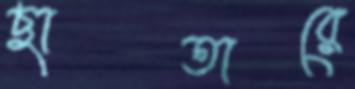
ছাতারে